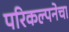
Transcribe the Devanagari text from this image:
परिकल्पनेचा